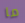
ما